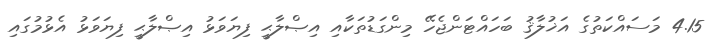
4.15 މަސައްކަތުގެ އަޚުލާޤު ބަހައްޓަންޖެހޭ މިންގަޑުތަކާއި އިޞްލާޙީ ފިޔަވަޅު އިޞްލާޙީ ފިޔަވަޅު އެޅުމުގައި